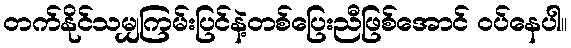
တက်နိုင်သမျှကြမ်းပြင်နဲ့တစ်ပြေးညီဖြစ်အောင် ဝပ်နေပါ။